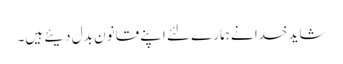
شاید خدا نے ہمارے لئے اپنے قانون بدل دیئے ہیں۔